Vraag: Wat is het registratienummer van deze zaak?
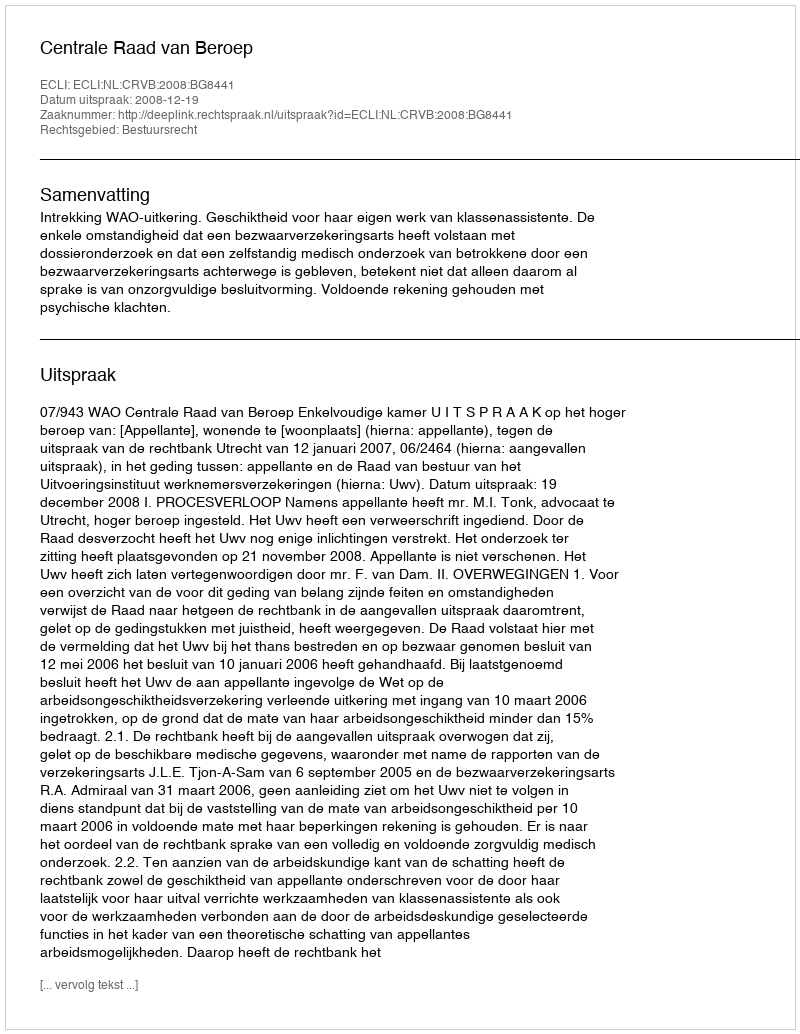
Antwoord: http://deeplink.rechtspraak.nl/uitspraak?id=ECLI:NL:CRVB:2008:BG8441